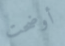
أوضحت